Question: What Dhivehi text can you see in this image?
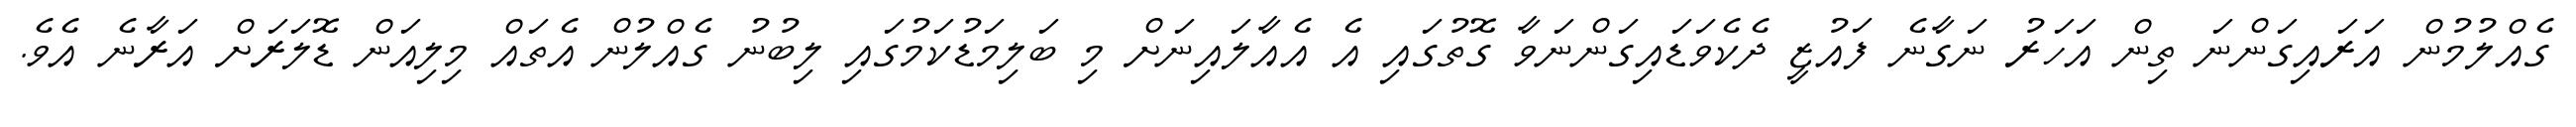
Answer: ގެއްލުމުން އަރައިގަންނަ ތިން އަހަރު ނަގާނެ ފައުޒީ ދެކެވަޑައިގަންނަވާ ގޮތުގައި އެ އެއާލައިނަށް މި ބަލިމަޑުކަމުގައި ލިބުނު ގެއްލުން އެތައް މިލިއަން ޑޮލަރަށް އަރާނެ އެވެ.